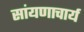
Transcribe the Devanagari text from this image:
सांयणाचार्य